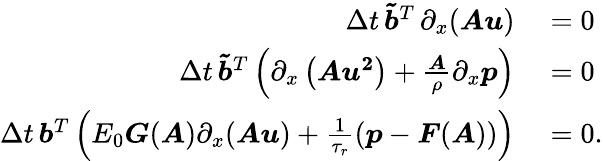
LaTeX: \begin{array}{rl}{\Delta t\, \boldsymbol{\tilde{b}}^{T}\, \partial_{x}(\boldsymbol{Au})}&{{}=0}\\ {\Delta t\, \boldsymbol{\tilde{b}}^{T}\left(\partial_{x}\left(\boldsymbol{Au^{2}}\right)+\frac{\boldsymbol{A}}{\rho}\partial_{x}\boldsymbol{p}\right)}&{{}=0}\\ {\Delta t\, \boldsymbol{b}^{T}\left(E_{0}\boldsymbol{G}(\boldsymbol{A})\partial_{x}(\boldsymbol{Au})+\frac{1}{\tau_{r}}\left(\boldsymbol{p}-\boldsymbol{F}(\boldsymbol{A})\right)\right)}&{{}=0.}\end{array}